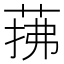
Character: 𦲫